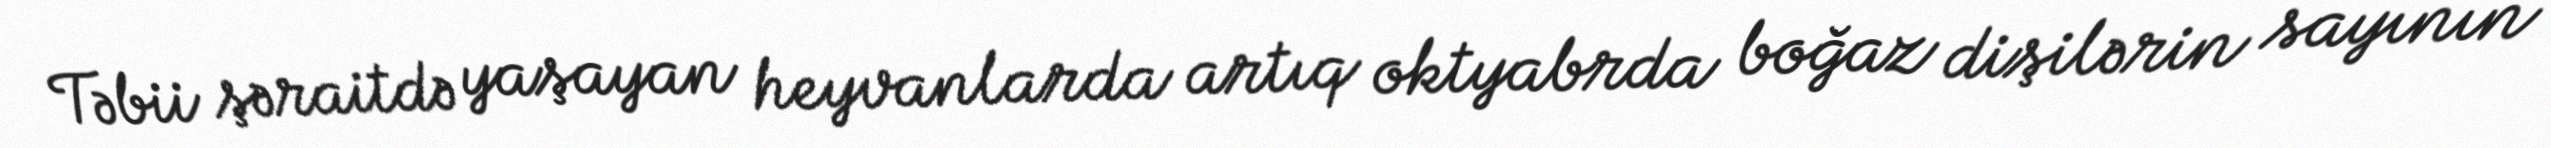
Təbii şəraitdə yaşayan heyvanlarda artıq oktyabrda boğaz dişilərin sayının